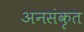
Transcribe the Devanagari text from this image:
अनसंकृत